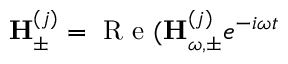
{ \bf H } _ { \pm } ^ { ( j ) } = \mathrm { ~ R ~ e ~ } ( { \bf H } _ { \omega , \pm } ^ { ( j ) } e ^ { - i \omega t }